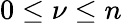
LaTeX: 0\leq\nu\leq n